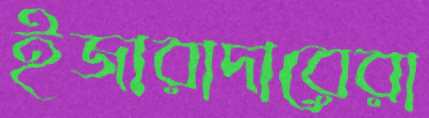
ইজারাদারেরা